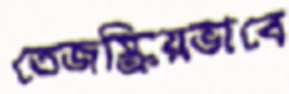
তেজস্ক্রিয়ভাবে